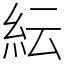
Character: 紜